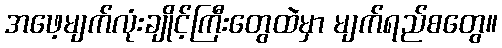
အဖေ့မျက်လုံးချိုင့်ကြီးတွေထဲမှာ မျက်ရည်စတွေ။